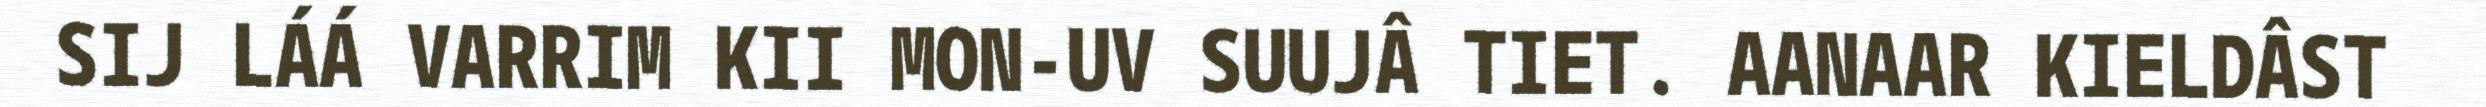
SIJ LÁÁ VARRIM KII MON-UV SUUJÂ TIET. AANAAR KIELDÂST